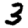
Digit: 3